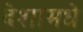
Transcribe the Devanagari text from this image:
देशामधे